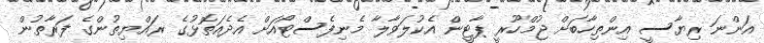
އަންނަ ރިޔާސީ އިންތިހާބަށް ޖުމްހޫރީ ޕާޓީން އެކުލަވާލާ މެނިފެސްޓޯއަށް އެދެއަތޮޅުގެ ރައްޔިތުންގެ ފަރާތުން